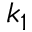
k _ { 1 }